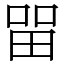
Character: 㽞